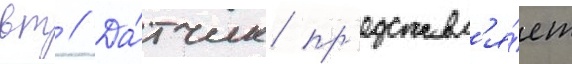
вт // Да́тчик пр'едставл'я́ет